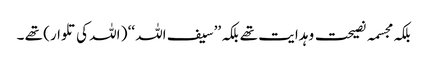
بلکہ مجسمہ نصیحت و ہدایت تھے بلکہ ’’سیف اللہ ‘‘ ( اللہ کی تلوار) تھے ۔